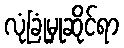
လုံခြုံမှုဆိုင်ရာ